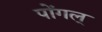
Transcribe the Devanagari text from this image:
पोंगल्